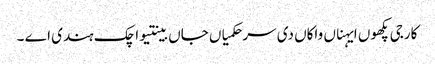
کارجی پکھوں ایہناں واکاں دی سر حکمیاں جاں بینتیواچک ہندی اے ۔